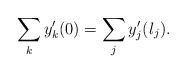
LaTeX: \begin{align*}\sum\limits_ky_k^{\prime}(0) =\sum\limits_jy_j^{\prime}(l_j).\end{align*}